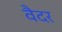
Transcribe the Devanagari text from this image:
वैदर